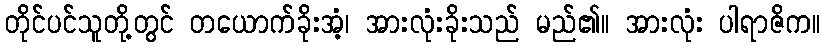
တိုင်ပင်သူတို့တွင် တယောက်ခိုးအံ့၊ အားလုံးခိုးသည် မည်၏။ အားလုံး ပါရာဇိက။